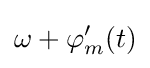
\omega +\varphi _{m}^{\prime }(t)